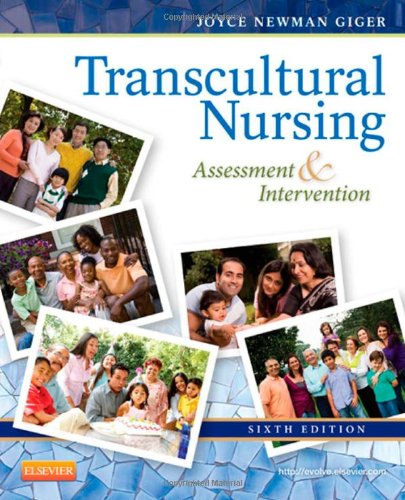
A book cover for Transcultural Nursing: Assessment and Intervention, 6e; Joyce Newman Giger EdD  RN  APRN  BC  FAAN; Medical Books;